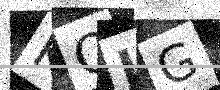
Text: KQJG